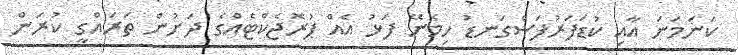
ކަނަމަނަ އާއި ކުޑަފަރުފަސްގަނޑު ހިމެނޭ ފަޅު އެއް ޕުރޮޖެކްޓެއްގެ ދަށުން ތަރައްގީ ކުރަން